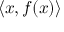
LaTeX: \langle x , f ( x ) \rangle